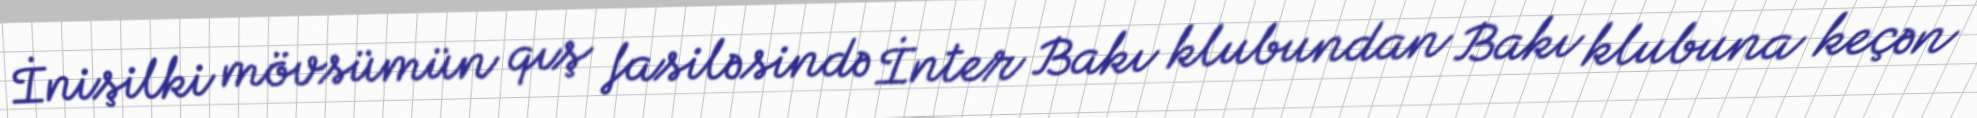
İnişilki mövsümün qış fasiləsində İnter Bakı klubundan Bakı klubuna keçən